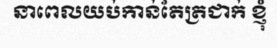
នាពេលយប់កាន់តែត្រជាក់ ខ្ញុំ